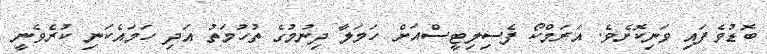
ބޮޑުވެފައި ވަނިކޮށެވެ. އަރަމްކޯ ފެސިލިޓީސްއަށް ހަމަލާ ދިނުމުގެ ތުހުމަތު އަދި ހަމައެކަނި ކުރެވެނީ